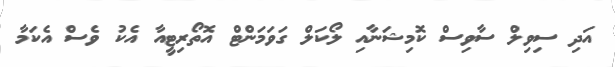
އަދި ސިވިލް ސާވިސް ކޮމިޝަނާއި ލޯކަލް ގަވަމަންޓް އޮތޯރިޓީއާ އެކު ވެސް އެކަމާ